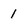
Character: 1